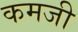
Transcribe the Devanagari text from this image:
कमजी